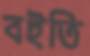
বইতি